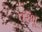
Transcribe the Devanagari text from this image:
परभू